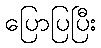
ပြောပြပြီး